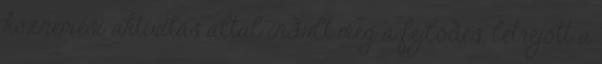
köznemesi aktivitás által indult meg a fejlődés, létrejött a